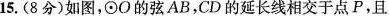
15.(8分)如图，⊙O的弦AB，CD的延长线相交于点P，且